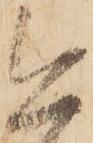
今